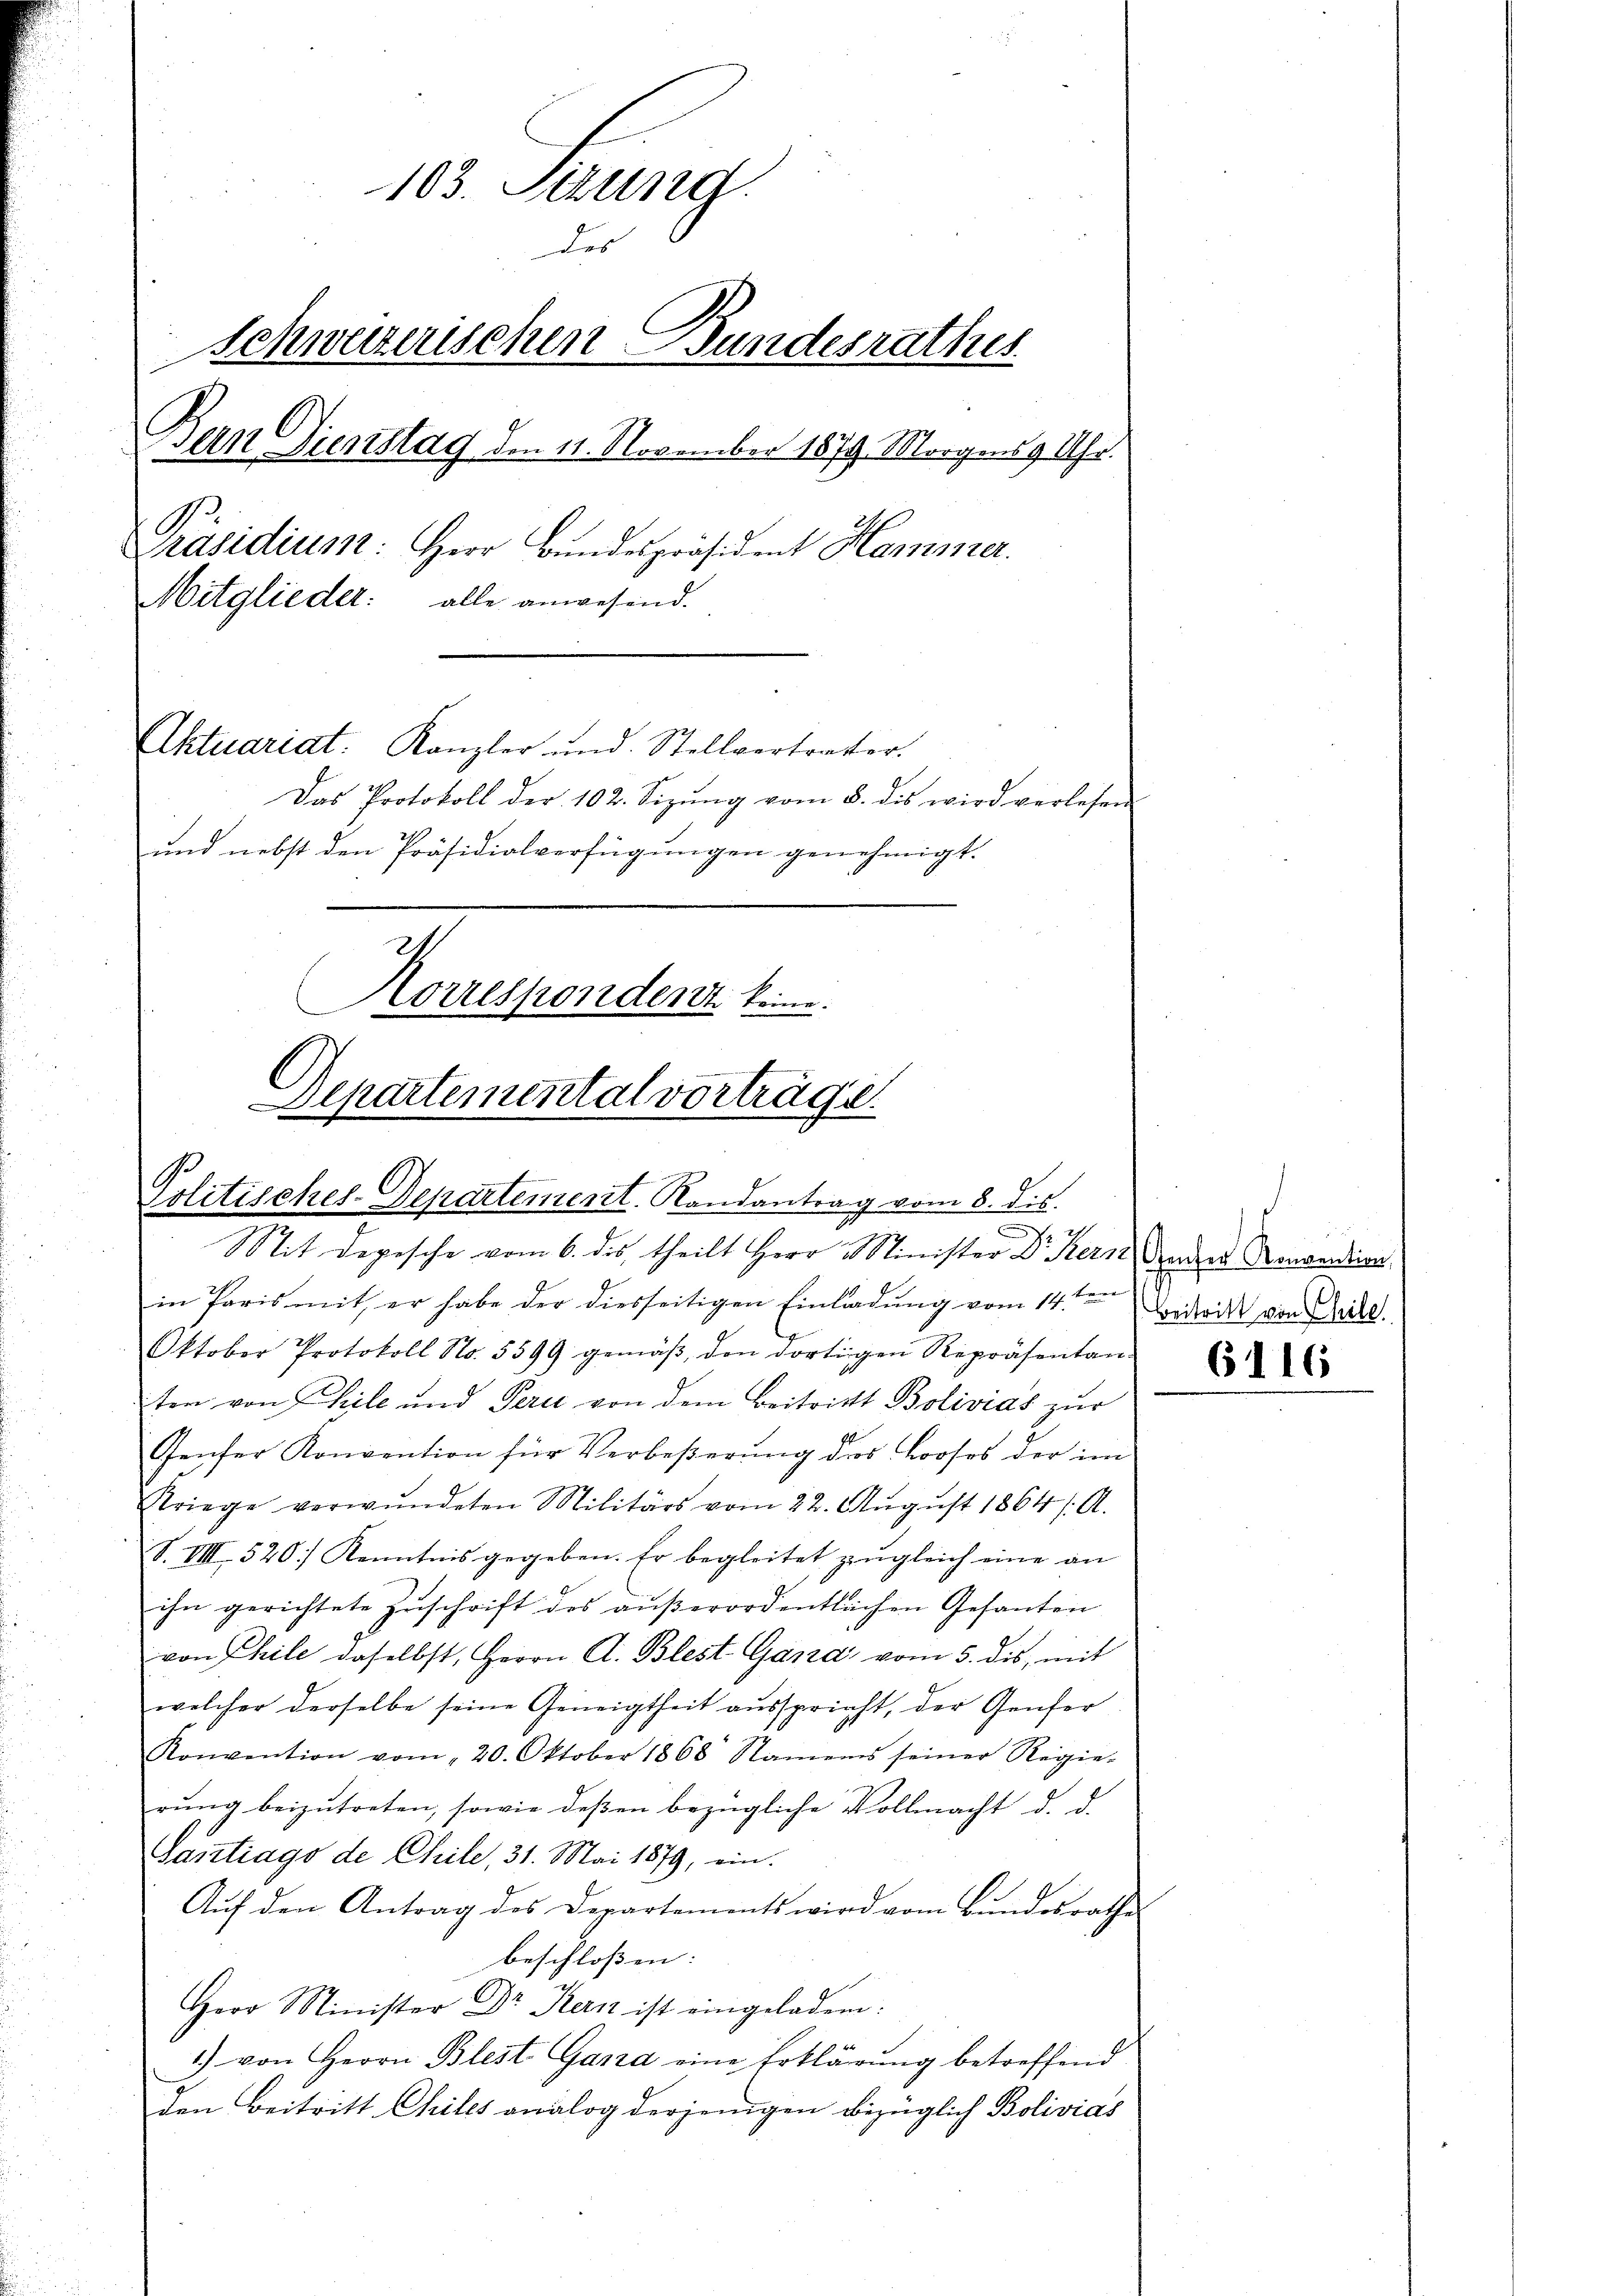
103. Sitzung.
der
Schweizerischen Bundesrathus
Bern Dienstag den 11. November 1879 Morgens 9 Uhr.
Präsidium: Herr Bundespräsident Hammer.
Mitglieder: alle anwesend.
Aktuariat. Kanzler und Stellvertretter.
Das Protokoll der 102. Sizŭng vom 8. dis wird verlesen
und nebst den Präsidialverfügungen genehmigt.

Korrespondent keine
Departemental vorträge.
Politisches-Departement. Randantrag vom 8. dis.
.

Mit Depesche vom 6. des theilt Herr Minister C. Kern dauer Konverdien
in Paris mit, er habe der diesseitigen Einladung vom 14ten
Oktober Protokoll No. 5599 gemäβ den dortigen Repräsentan-
ten von Teile und Perić von dem Beitritt Bolivias zur
Genfer Konvention für Verbeßerung des Looses der im
Kriege verwundeten Militärs vom 22. Aŭgŭst 1864 /A.
S. VIII 520] Kenntnis gegeben. Er begleitet zugleich eine an
ihn gerichtete Zŭschrift des aŭβerordentlichen Gesanten
von Chile daselbst, Herrn A. Blest. Gand vom 5. dis, mit
welcher derselbe seine Geneigtheit aŭsspricht, der Genfer
Konvention vom 20. Oktober 1868 Namens seiner Regie-
rŭng beizŭtreten, sowie deβen bezügliche Vollmacht d. d.
Santrags de Chile, 31. Mai 1879, ein.
Auf den Antrag des Departements wird vom Bundesrathe
beschlossen:
Herr Minister Dr Kern ist eingeladen:
1) von Herrn Blest Gana eine Erklärung betreffend
den Beitritt Chiles analog derjenigen bezüglich Bolivias

Beitritt von Chile
6116